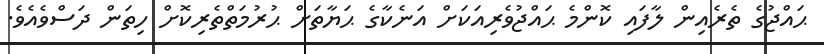
ޙައްޖުގެ ތެރެއިން ލާފައި ކޮންމެ ޙައްޖުވެރިއަކަށް އަނެކާގެ ޙަޔާތަށް ޙުރުމަތްތެރިކޮށް ހިތަން ދަސްވެއެވެ.